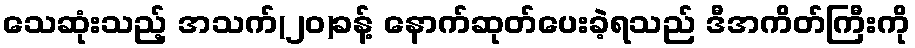
သေဆုံးသည့် အသက်(၂၀)ခန့် နောက်ဆုတ်ပေးခဲ့ရသည် ဒီအကိတ်ကြီးကို